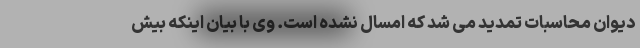
دیوان ‌محاسبات‌ تمدید می شد که امسال نشده است. وی با بیان اینکه بیش